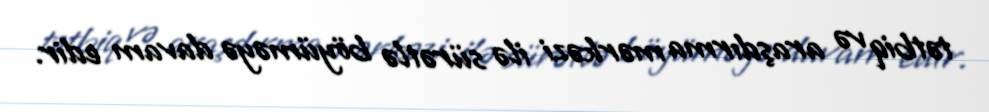
tətbiq və araşdırma mərkəzi ilə sürətlə böyüməyə davam edir.